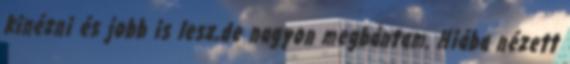
kinézni és jobb is lesz,de nagyon megbántam. Hiába nézett